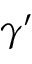
\gamma ^ { \prime }